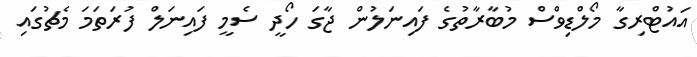
އައުޓްރިގާ މޯލްޑިވްސް މުބާރާތުގެ ފައިނަލުން ޖާގަ ހޯދީ ސެމީ ފައިނަލް ފުރަތަމަ މެޗުގައި